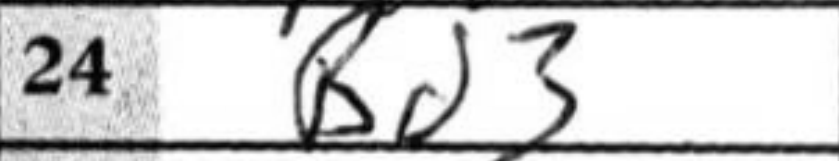
Transcription: Bd3